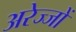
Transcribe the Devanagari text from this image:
अरेज्जों